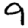
Digit: 9